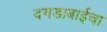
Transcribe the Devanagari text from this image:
दगडाबाईचा